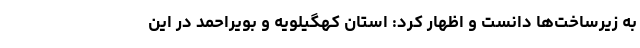
به زیرساخت‌ها دانست و اظهار کرد: استان کهگیلویه و بویراحمد در این